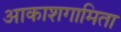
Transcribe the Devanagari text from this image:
आकाशगामिता